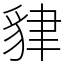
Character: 貄